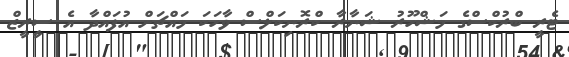
ޓެރީ ބްރުކްސްގެ މަޝްހޫރު ޝަނާރާ ކްރޮނިކަލްސް ވާހަކަ މައްޗަށް އުފައްދާ އެ ސީރީޒް